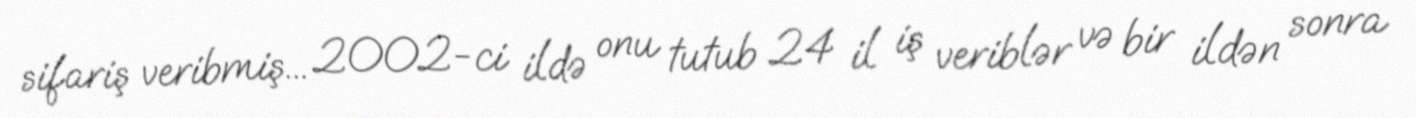
sifariş veribmiş... 2002-ci ildə onu tutub 24 il iş veriblər və bir ildən sonra